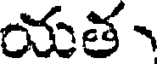
యత